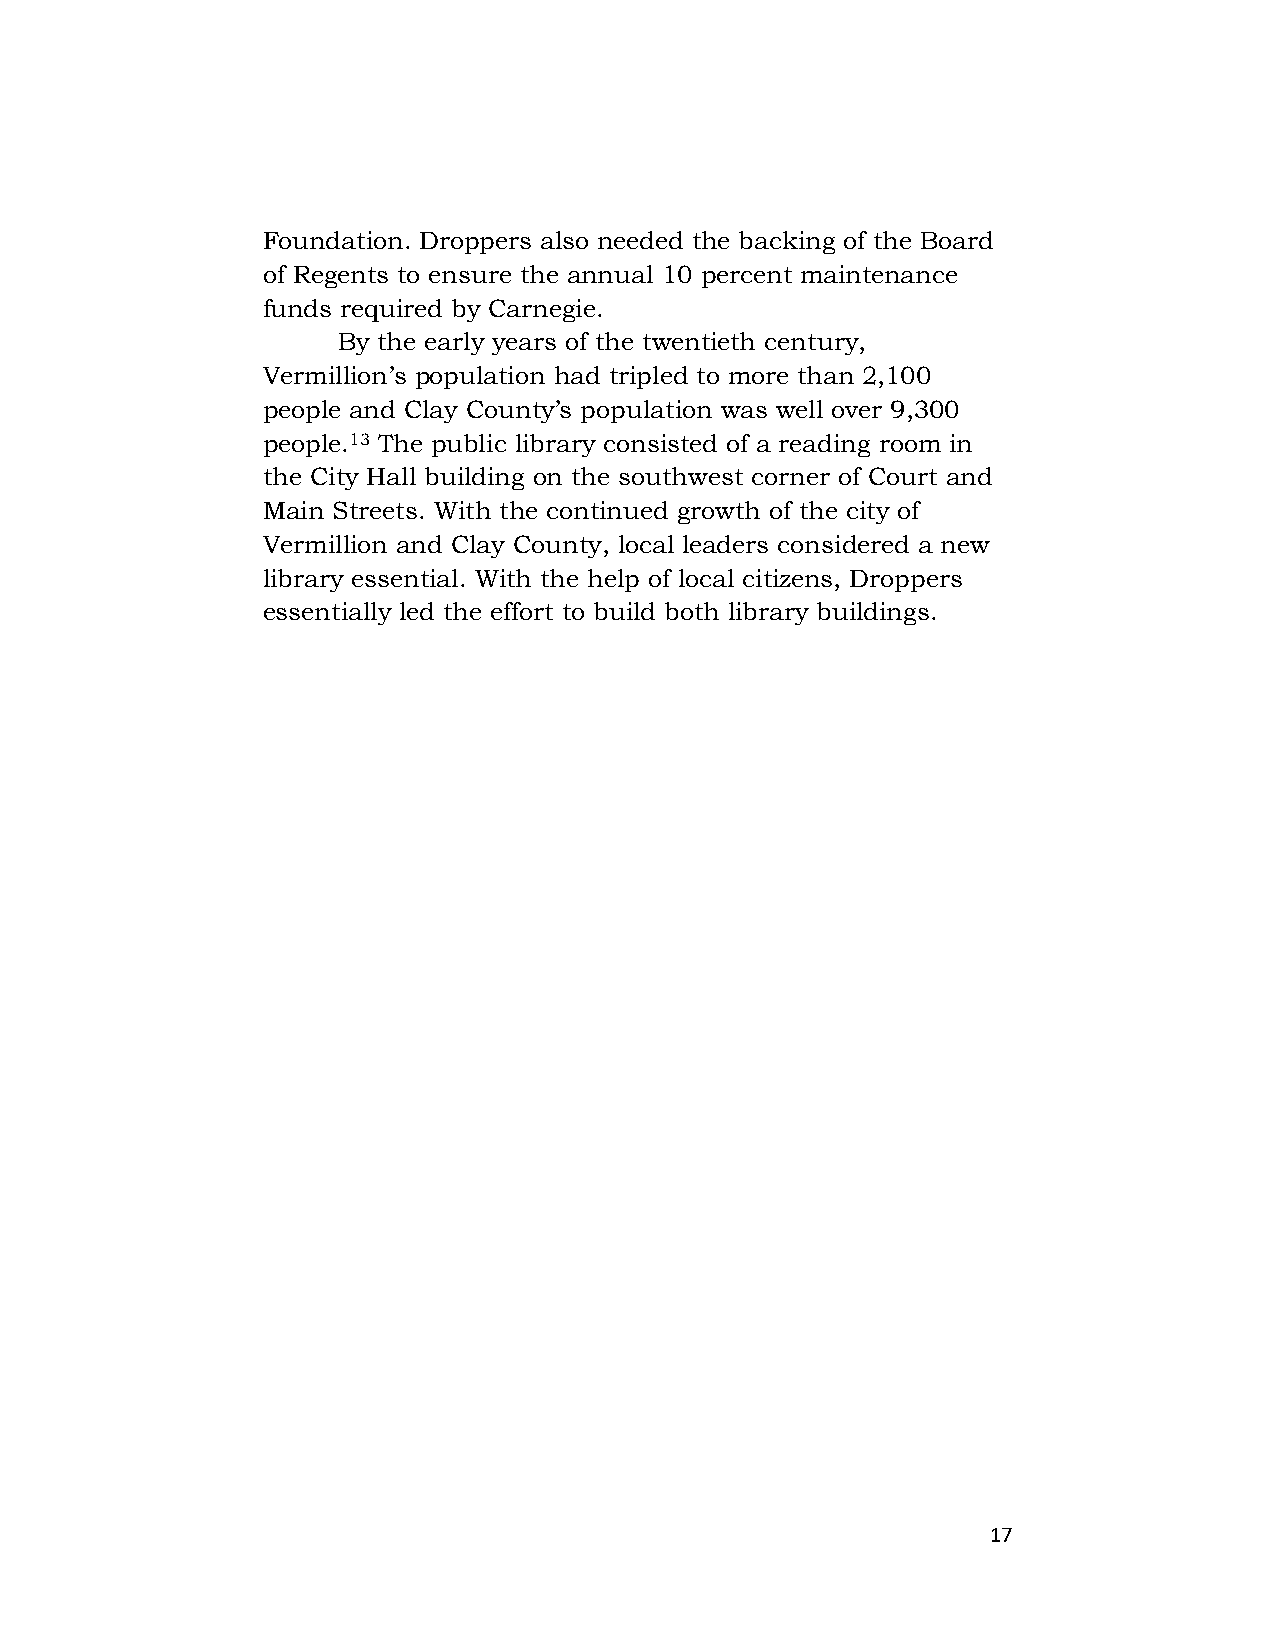
Foundation. Droppers also needed the backing of the Board
 of Regents to ensure the annual 10 percent maintenance
 funds required by Carnegie.
 By the early years of the twentieth century,
 Vermillion’s population had tripled to more than 2,100
 people and Clay County’s population was well over 9,300
 people.13 The public library consisted of a reading room in
 the City Hall building on the southwest corner of Court and
 Main Streets. With the continued growth of the city of
 Vermillion and Clay County, local leaders considered a new
 library essential. With the help of local citizens, Droppers
 essentially led the effort to build both library buildings.
 17